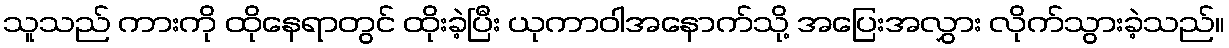
သူသည် ကားကို ထိုနေရာတွင် ထိုးခဲ့ပြီး ယုကာဝါအနောက်သို့ အပြေးအလွှား လိုက်သွားခဲ့သည်။